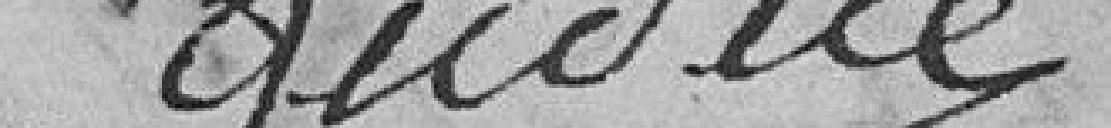
Gudice